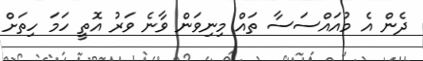
ދެން އެ މުއައްސަސާ ތައް މިނިވަން ވާނެ ވަރު އޮތީ ހަމަ ހިތަށް